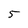
Character: 5